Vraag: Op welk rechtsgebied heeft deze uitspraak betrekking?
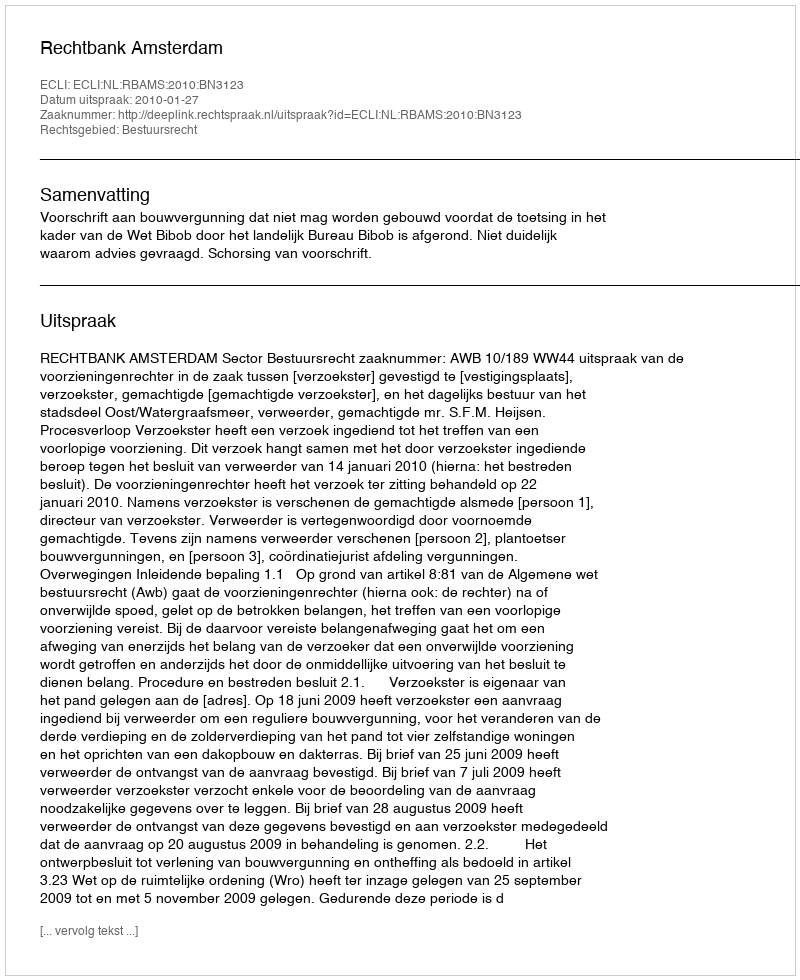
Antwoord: Bestuursrecht